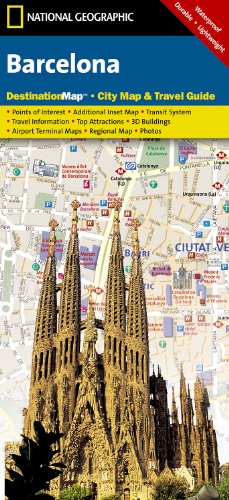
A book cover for Barcelona (National Geographic Destination City Map); National Geographic Maps; Travel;